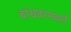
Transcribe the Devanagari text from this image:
बांधकामकर्ते